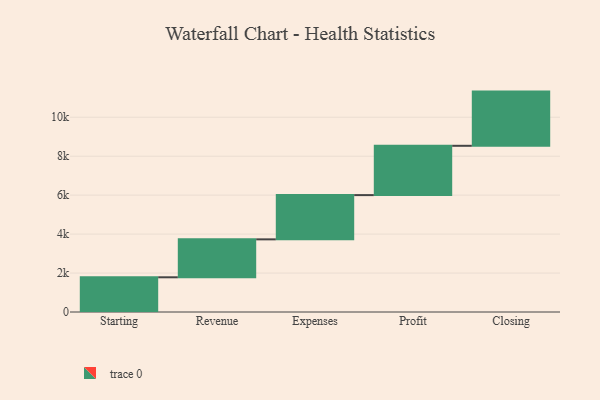
{"axis": {"x": "Step", "y": "Value"}, "legend": [""], "data": [{"x": "Starting", "y": 1782.0, "type": ""}, {"x": "Revenue", "y": 1948.0, "type": ""}, {"x": "Expenses", "y": 2272.0, "type": ""}, {"x": "Profit", "y": 2531.0, "type": ""}, {"x": "Closing", "y": 2783.0, "type": ""}]}